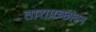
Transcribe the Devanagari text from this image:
ताराप्रच्छादन